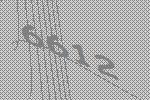
6612